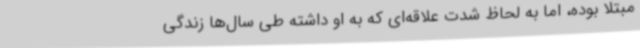
مبتلا بوده، اما به لحاظ شدت علاقه‌ای که به او داشته طی سال‌ها زندگی